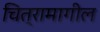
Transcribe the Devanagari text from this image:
चित्रामागील